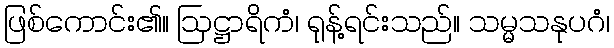
ဖြစ်ကောင်း၏။ ဩဋ္ဌာရိကံ၊ ရုန့်ရင်းသည်။ သမ္မသနုပဂံ၊